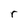
Character: r